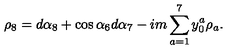
\rho _ { 8 } = d \alpha _ { 8 } + \cos { \alpha _ { 6 } } d \alpha _ { 7 } - i m \sum _ { a = 1 } ^ { 7 } y _ { 0 } ^ { a } \rho _ { a } .